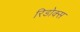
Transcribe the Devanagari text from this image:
रिडोक्स